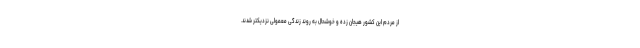
از مردم این کشور هیجان زده و خوشحال به روند زندگی معمولی نزدیکتر شدند.